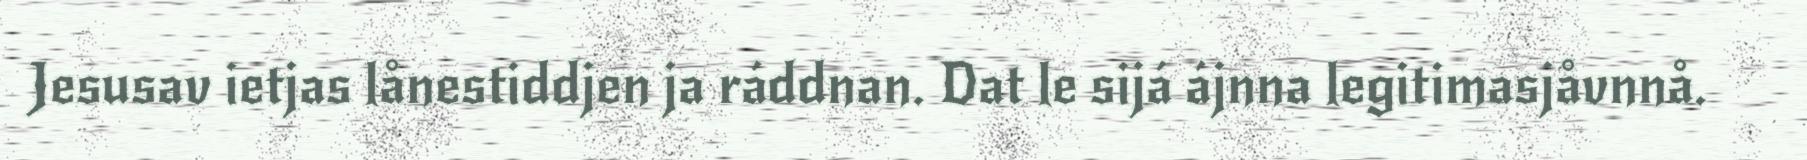
Jesusav ietjas lånestiddjen ja ráddnan. Dat le sijá ájnna legitimasjåvnnå.